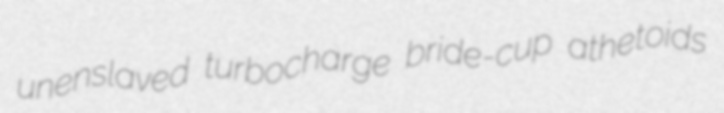
unenslaved turbocharge bride-cup athetoids